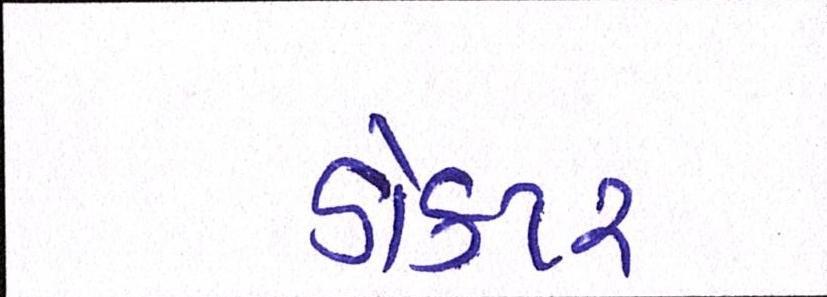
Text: ડૉક્ટર